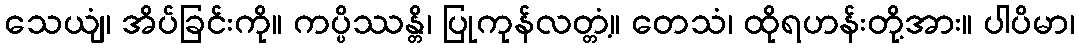
သေယျံ၊ အိပ်ခြင်းကို။ ကပ္ပိဿန္တိ၊ ပြုကုန်လတ္တံ့။ တေသံ၊ ထိုရဟန်းတို့အား။ ပါပိမာ၊